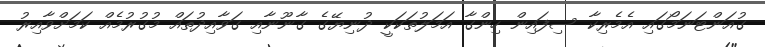
ގުއަންޓަނަމޯގައި އެމެރިކާ ސިފައިން ހިންގާ އަމަލުތަކަކީ ދުނިޔޭގެ ގާނޫނާއި ގަވާއިދުތައް މުގުރުމެއް ކަމަށްވާއިރު